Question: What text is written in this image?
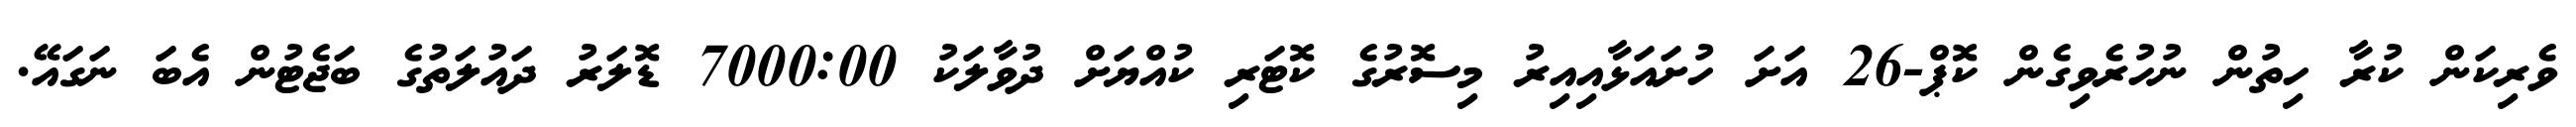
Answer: ވެރިކަން ކުރާ ހިތުން ނުހުރެވިގެން ކޮޕް-26 އަށަ ހުށައަޅާއިއިރު މިސޮރުގެ ކޮޓަރި ކުއްޔަށް ދުވާލަކު 7000:00 ޑޮލަރު ދައުލަތުގެ ބަޖެޓުން އެބަ ނަގައޭ.